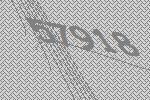
57918